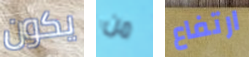
يكون من ارتفاع